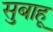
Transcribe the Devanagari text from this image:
सुबाहू